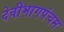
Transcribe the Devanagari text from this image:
देवीभागपंचम